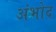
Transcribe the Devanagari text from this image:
अंभोद